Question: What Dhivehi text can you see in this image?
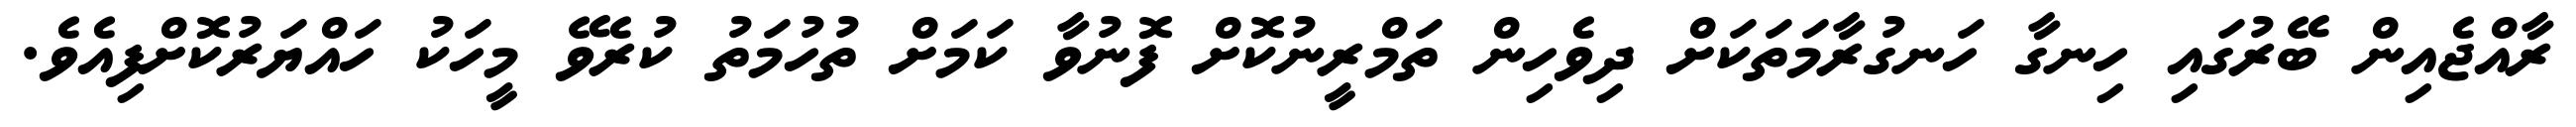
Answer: ރާއްޖެއިން ބޭރުގައި ހިނގާ ހަނގުރާމަތަކަށް ދިވެހިން ތަމްރީނުކޮށް ފޮނުވާ ކަމަށް ތުހުމަތު ކުރެވޭ މީހަކު ހައްޔަރުކޮށްފިއެވެ.